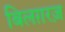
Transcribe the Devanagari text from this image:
बिलग़रज़